Indian Medical Review
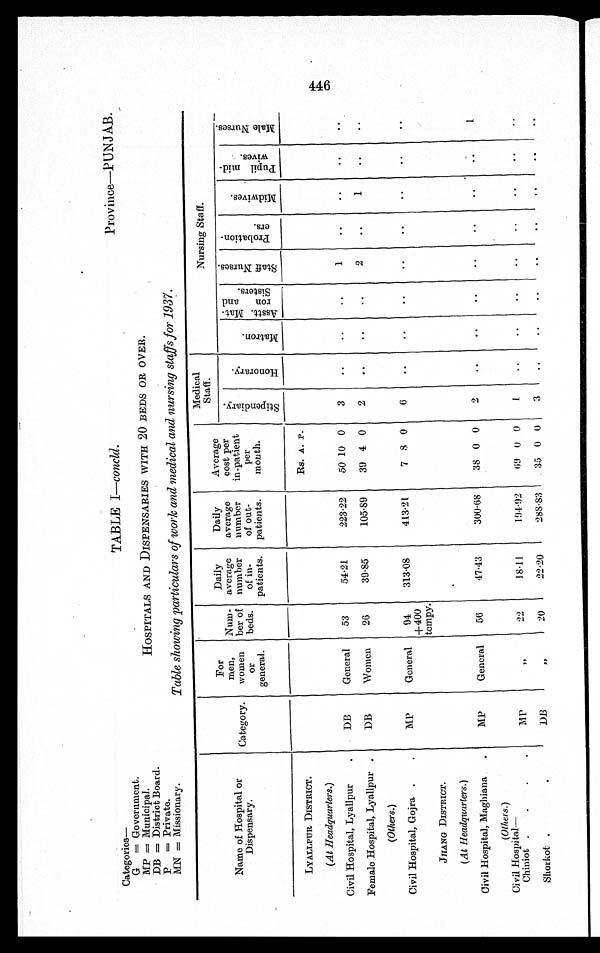
Categories
G = Government.
MP = Municipal.
DB = District Board.
P = Private.
MN = Missionary.
TABLE I—concld. Province—PUNJAB.
HOSPITALS AND DISPENSARIES WITH 20 BEDS OR OVER.
Table showing particulars of work and medical and nursing staffs for 1937.
Name of Hospital or
Dispensary.
Category.
For
men,
women
or
general.
Num-
ber of
beds.
Daily
averag
number
of in-
patients.
Daily
average
number
of out-
patients.
Average
cost per
in-patient
per
month.
Medical
Staff.
N u r s i n g S t a f f .
S t i p e n d i a r y .
H o n o r a r y .
M a t r o n .
A s s t t . M a t - r o n a n d
S i s t e r s .
S t a f f N u r s e s .
P r o b a t i o n -
e r s .
m i d w i v e s .
P u p i l m i d -
w i v e s .
M a l e N u r s e s .
LYALLPUR DISTRICT.
DB
General
53
54.21
223.22
Rs. A. P.
3
..
..
..
1
..
..
..
..
(At Headquarters.)
50 10 0
Civil Hospital, Lyallpur
.
Female Hospital, Lyallpur .
DB
Women
26
39.85
105.89
39 4
0
2
..
..
..
2
..
1
..
..
(Others.)
MP
General
94
+400
tempy.
313.08
413.21
7 8 0
6
..
..
..
..
..
..
..
..
Civil Hospital, Gojra .
.
JHANG DISTRICT.
(At Headquarters.)
Civil Hospital, Maghiana
.
MP
General
56
47.43
300.68
38 0 0
2
..
..
..
..
..
. .
..
1
(Others.)
Civil Hospital
—
Chiniot .
.
.
.
MP
„
22
18.11
194.92
69 0 0
1
..
..
..
..
..
..
..
Shorkot .
.
DB
„
20
22.20
288.83
35
0 0
3
..
..
..
..
..
..
..
. .
►41.-
FP